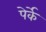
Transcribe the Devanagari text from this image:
पेर्के